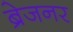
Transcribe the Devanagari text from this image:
ब्रेजनर